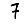
Digit: 7